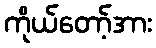
ကိုယ်တော့်အား